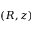
( R , z )